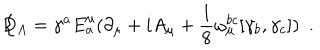
\not { \! \! D } _ { A } = \gamma ^ { a } E _ { a } ^ { \mu } ( \partial _ { \mu } + i A _ { \mu } + \frac { 1 } { 8 } \omega _ { \mu } ^ { b c } [ \gamma _ { b } , \gamma _ { c } ] ) ~ ~ .